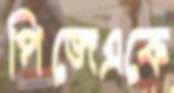
পিজেএকে